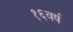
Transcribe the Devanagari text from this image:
१६वर्ष